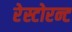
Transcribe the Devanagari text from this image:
रेस्टोरन्ट